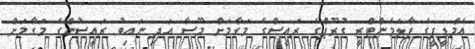
އެމްޑީޕީގެ ޕާލަމެންޓްރީ ގުރޫޕްގެ ރައީސްގެ މަގާމަށް މޫސާ އަދި ނައިބު ރައީސުންގެ މަގާމަށް